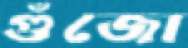
গুঁজো